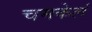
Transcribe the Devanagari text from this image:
चमकेलं